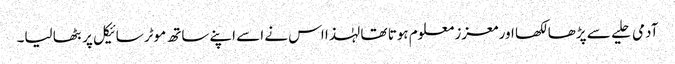
آدمی حلیے سے پڑھا لکھا اور معزز معلوم ہوتا تھا لہٰذا اس نے اسے اپنے ساتھ موٹر سائیکل پر بٹھا لیا۔